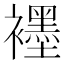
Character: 𬡶